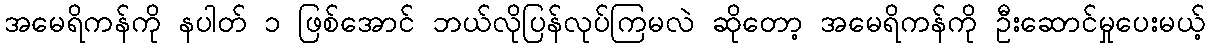
အမေရိကန်ကို နပါတ် ၁ ဖြစ်အောင် ဘယ်လိုပြန်လုပ်ကြမလဲ ဆိုတော့ အမေရိကန်ကို ဦးဆောင်မှုပေးမယ့်